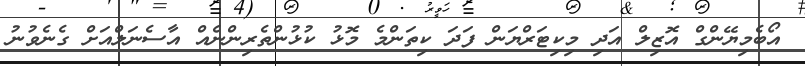
އޯބެމިޔޭންގް އޮޒިލް އަދި މިކިޓަރްޔަން ފަދަ ކިތަންމެ މޮޅު ކުޅުންތެރިންނެއް އާސެނަލްއަށް ގެނެވުނު